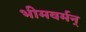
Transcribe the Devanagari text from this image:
भीमवर्मन्